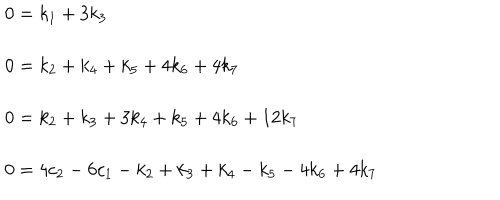
LaTeX: \begin{array} { l } { { 0 = k _ { 1 } + 3 k _ { 3 } } } \\ { { { } } } \\ { { 0 = k _ { 2 } + k _ { 4 } + k _ { 5 } + 4 k _ { 6 } + 4 k _ { 7 } } } \\ { { { } } } \\ { { 0 = k _ { 2 } + k _ { 3 } + 3 k _ { 4 } + k _ { 5 } + 4 k _ { 6 } + 1 2 k _ { 7 } } } \\ { { { } } } \\ { { 0 = 4 c _ { 2 } - 6 c _ { 1 } - k _ { 2 } + k _ { 3 } + k _ { 4 } - k _ { 5 } - 4 k _ { 6 } + 4 k _ { 7 } } } \\ \end{array}